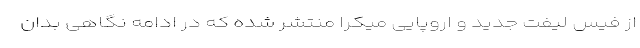
از فیس لیفت جدید و اروپایی میکرا منتشر شده که در ادامه نگاهی بدان